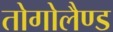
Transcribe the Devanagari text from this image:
तोगोलैण्ड